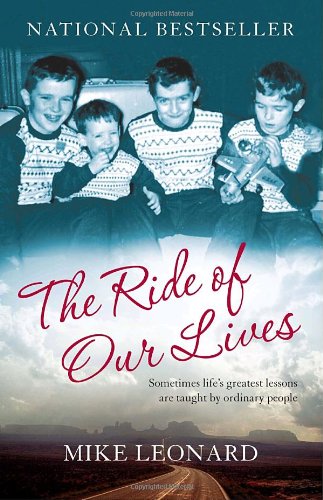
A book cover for The Ride of Our Lives: Roadside Lessons of an American Family; Mike Leonard; Biographies & Memoirs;